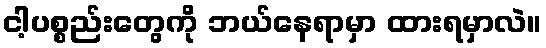
ငါ့ပစ္စည်းတွေကို ဘယ်နေရာမှာ ထားရမှာလဲ။